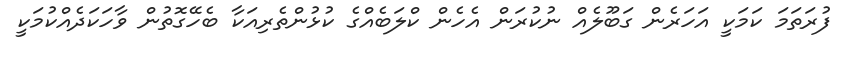
ފުރަތަމަ ކަމަކީ އަހަރެން ގަބޫލެއް ނުކުރަން އެހެން ކްލަބެއްގެ ކުޅުންތެރިއަކާ ބެހޭގޮތުން ވާހަކަދެއްކުމަކީ